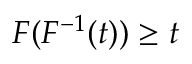
F ( F ^ { - 1 } ( t ) ) \geq t